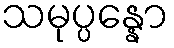
သမုပ္ပန္နော